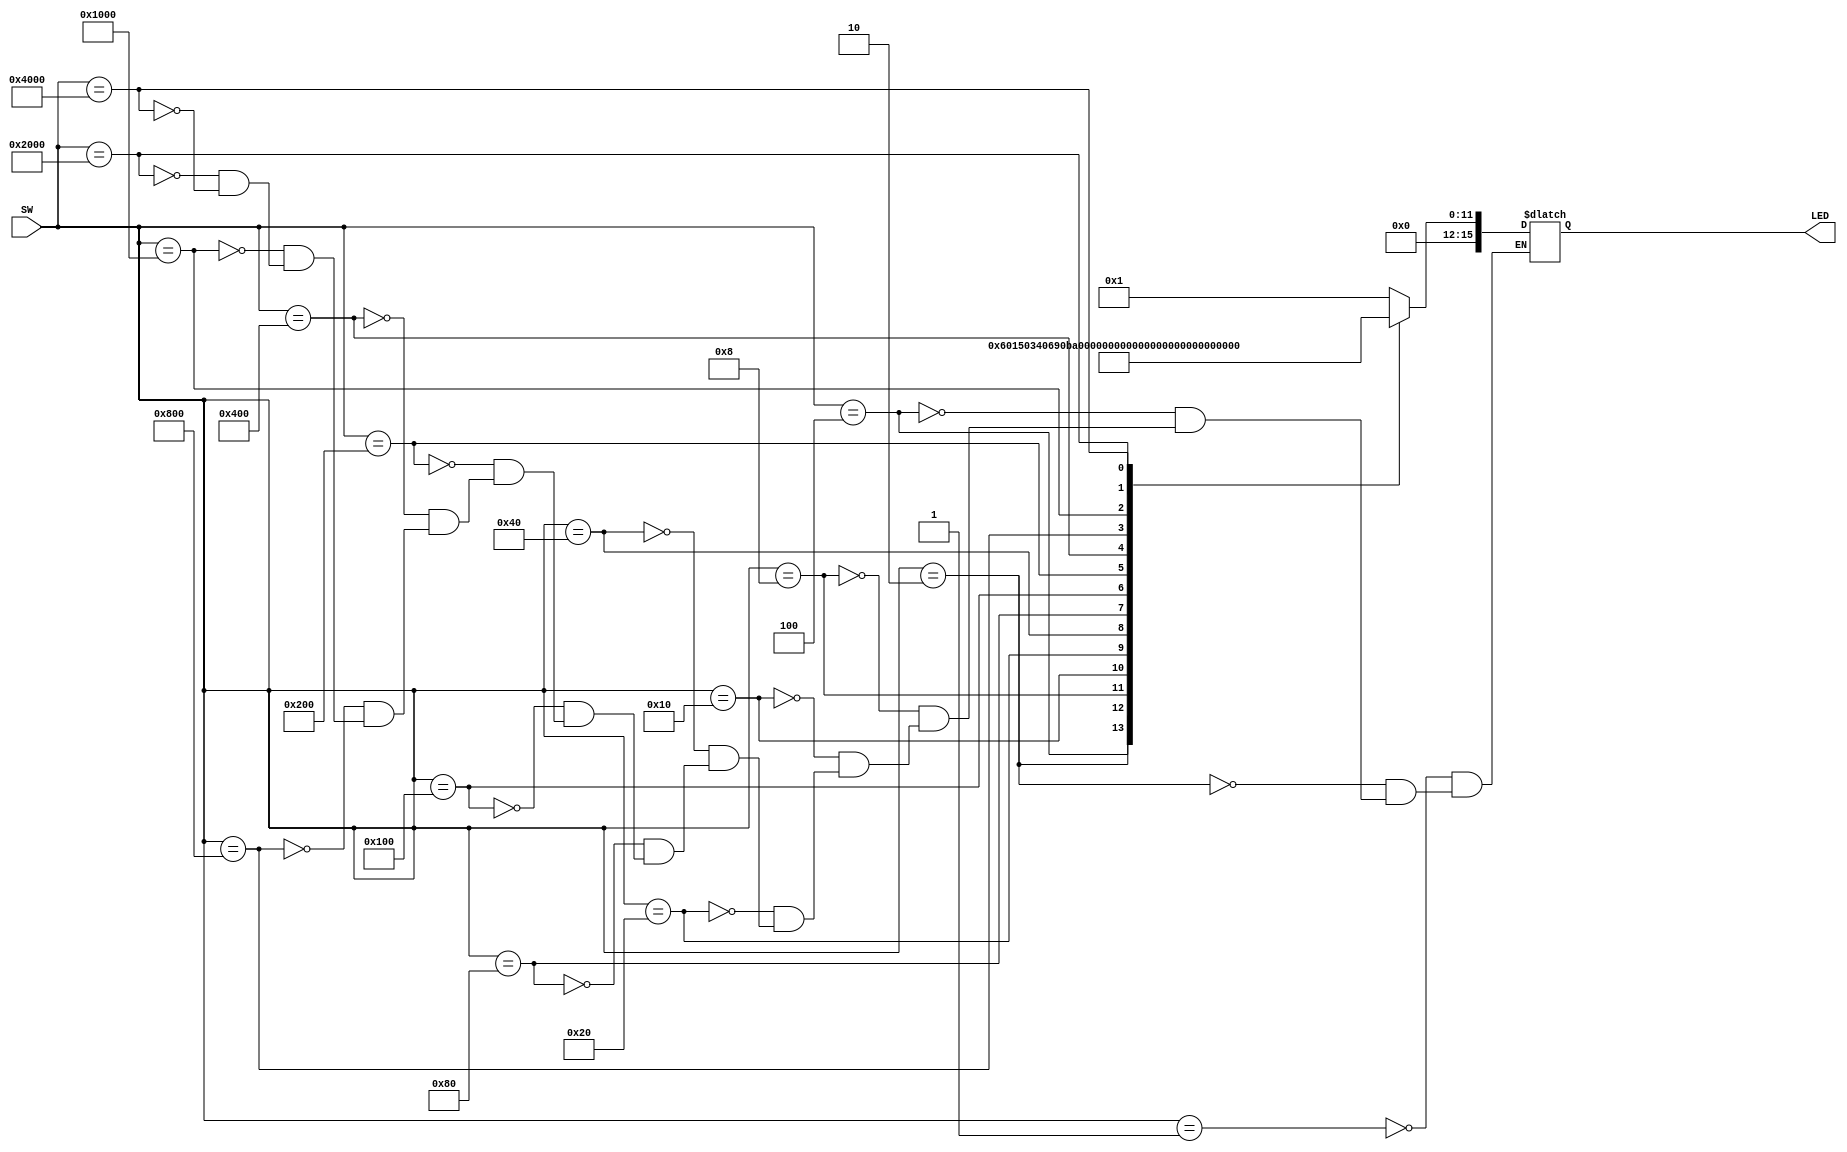
`timescale 1ns / 1ps
module Third_Order_Babbage_board(
    input [15:0] SW,
    output reg [15:0] LED
    );
    
    wire [15:0] f_curr [15:0];
    wire [15:0] f_next [15:0];
    wire [15:0] g_curr [15:0];
    wire [15:0] g_next [15:0];
    wire [15:0] h_curr [15:0];
    wire [15:0] h_next [15:0];
    wire [15:0] j_curr [15:0];
    
    assign f_curr[0] = 1;
    assign g_curr[0] = 5;
    assign h_curr[0] = 10;
    assign j_curr[0] = 6;
    
    generate
    genvar i;
    for(i=0;i<15;i=i+1) begin:bab
        assign f_next[i] = f_curr[i] + g_curr[i];
        assign g_next[i] = g_curr[i] + h_curr[i];
        assign h_next[i] = h_curr[i] + j_curr[i];
        assign f_curr[i+1] = f_next[i];
        assign g_curr[i+1] = g_next[i];
        assign h_curr[i+1] = h_next[i];
        assign j_curr[i+1] = j_curr[i];
    end
    endgenerate
       always @* begin
     case(SW)
    15'b000000000000001: LED = f_curr[0];
    15'b000000000000010: LED = f_curr[1];
    15'b000000000000100: LED = f_curr[2];
    15'b000000000001000: LED = f_curr[3];
    15'b000000000010000: LED = f_curr[4];
    15'b000000000100000: LED = f_curr[5];
    15'b000000001000000: LED = f_curr[6];
    15'b000000010000000: LED = f_curr[7];
    15'b000000100000000: LED = f_curr[8];
    15'b000001000000000: LED = f_curr[9];
    15'b000010000000000: LED = f_curr[10];
    15'b000100000000000: LED = f_curr[11];
    15'b001000000000000: LED = f_curr[12];
    15'b010000000000000: LED = f_curr[13];
    15'b100000000000000: LED = f_curr[14];
    
 endcase
end
endmodule